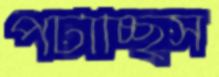
পটাচ্ছিস